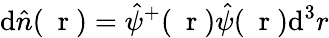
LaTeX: \mathrm{d}{\hat{{n}}}(\mathrm{{~\mathbf{~}r~}})=\hat{{\psi}}^{+}(\mathrm{{~\mathbf{~}r~}})\hat{{\psi}}(\mathrm{{~\mathbf{~}r~}})\mathrm{d}^{3}r